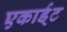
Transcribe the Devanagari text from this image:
एकार्ड्‌ट